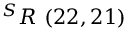
^ { S } R \ ( 2 2 , 2 1 )